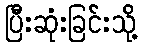
ပြီးဆုံးခြင်းသို့